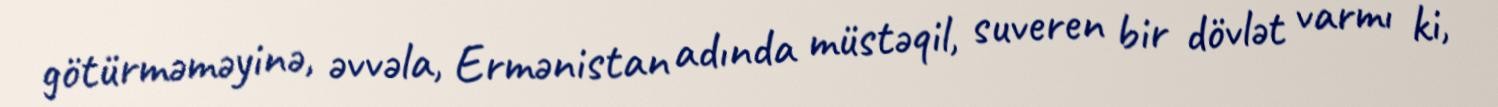
götürməməyinə, əvvəla, Ermənistan adında müstəqil, suveren bir dövlət varmı ki,